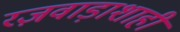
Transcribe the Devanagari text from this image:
रज़वाड़ाशाही